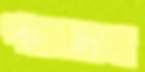
পারকোলা